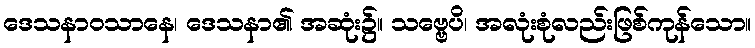
ဒေသနာဝသာနေ၊ ဒေသနာ၏ အဆုံး၌။ သဗ္ဗေပိ၊ အလုံးစုံလည်းဖြစ်ကုန်သော။